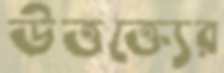
উত্তক্ত্যের